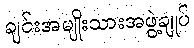
ချင်းအမျိုးသားအဖွဲ့ချုပ်